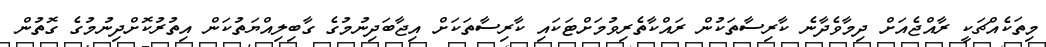
މިތަކެއްޗަކީ ރާއްޖެއަށް ދިމާވެދާނެ ކާރިސާތަކުން ރައްކާތެރިވުމަށްޓަކައި ކާރިސާތަކަށް އިޖާބަދިނުމުގެ ގާބިލިއްޔަތުކަން އިތުރުކޮށްދިނުމުގެ ގޮތުން